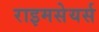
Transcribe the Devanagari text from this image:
राइमसेयर्स